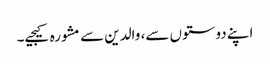
اپنے دوستوں سے، والدین سے مشورہ کیجیے۔